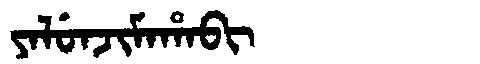
Manchu: ᠶᠠᠯᡠᠨᠵᡳᠮᠠᡥᠠᠪᡳ
Romanization: YALUNJIMAHABI